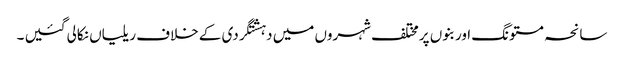
سانحہ مستونگ اور بنوں پرمختلف شہروں میں دہشتگردی کے خلاف ریلیاں نکالی گئیں ۔